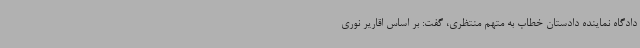
دادگاه نماینده دادستان خطاب به متهم منتظری، گفت: بر اساس اقاریر نوری